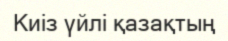
Киіз үйлі қазақтың